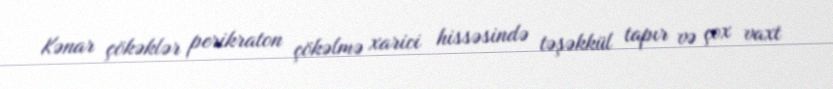
Kənar çökəklər perikraton çökəlmə xarici hissəsində təşəkkül tapır və çox vaxt